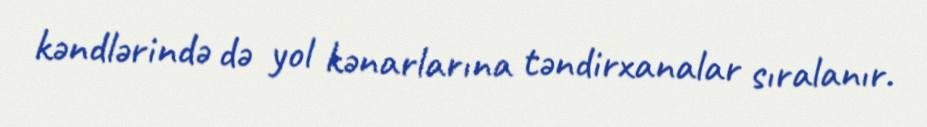
kəndlərində də yol kənarlarına təndirxanalar sıralanır.